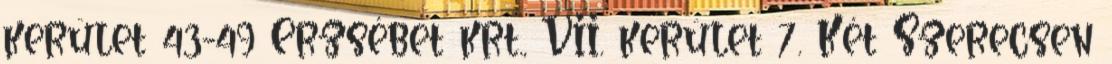
kerület 43-49 Erzsébet krt., VII. kerület 7. Két Szerecsen